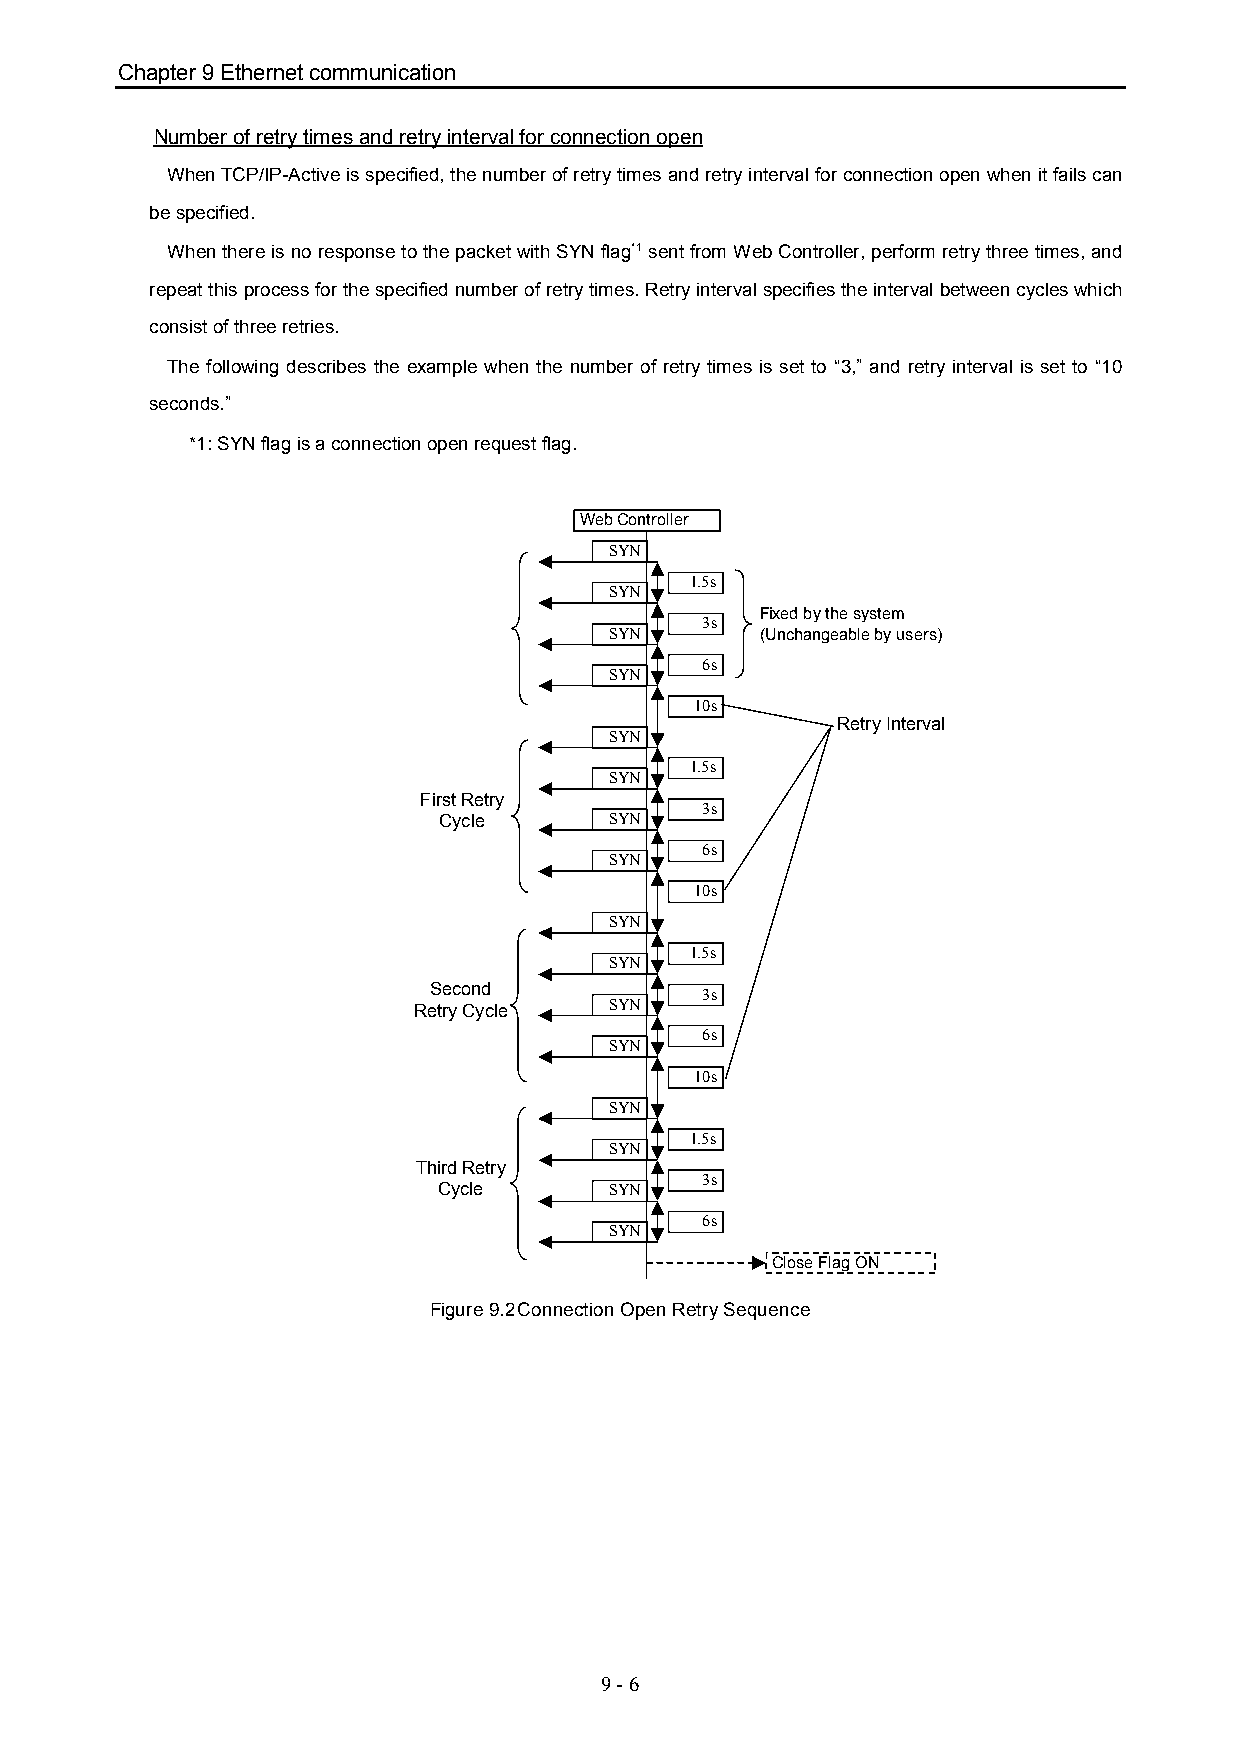
Chapter 9 Ethernet communication
 Number of retry times and retry interval for connection open
 When TCP/IP-Active is specified, the number of retry times and retry interval for connection open when it fails can
 be specified.
 When there is no response to the packet with SYN flag*1 sent from Web Controller, perform retry three times, and
 repeat this process for the specified number of retry times. Retry interval specifies the interval between cycles which
 consist of three retries.
 The following describes the example when the number of retry times is set to “3,” and retry interval is set to “10
 seconds.”
 *1: SYN flag is a connection open request flag.
 Web Controller
 SYN
 1.5s
 SYN
 Fixed by the system
 3s
 SYN       (Unchangeable by users)
 6s
 SYN
 10s
 Retry Interval
 SYN
 1.5s
 SYN
 First Retry
 3s
 Cycle      SYN
 6s
 SYN
 10s
 SYN
 1.5s
 SYN
 Second            3s
 Retry Cycle  SYN
 6s
 SYN
 10s
 SYN
 1.5s
 SYN
 Third Retry
 3s
 Cycle      SYN
 6s
 SYN
 Close Flag ON
 Figure 9.2Connection Open Retry Sequence
 9 - 6